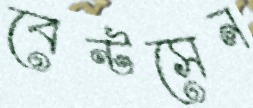
বেন্টসেন